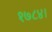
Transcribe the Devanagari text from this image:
१७८४।